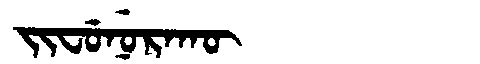
Manchu: ᠵᡳᠸᡠᠨᡠᡵᠠᡴᡡ
Romanization: JIFUNURAKŪ